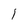
Character: 1